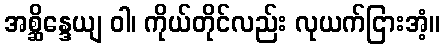
အစ္ဆိန္ဒေယျ ဝါ၊ ကိုယ်တိုင်လည်း လုယက်ငြားအံ့။